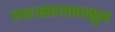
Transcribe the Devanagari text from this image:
१९९३सालापासून